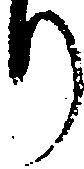
り